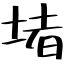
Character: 堵